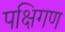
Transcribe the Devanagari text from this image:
पक्षिगण